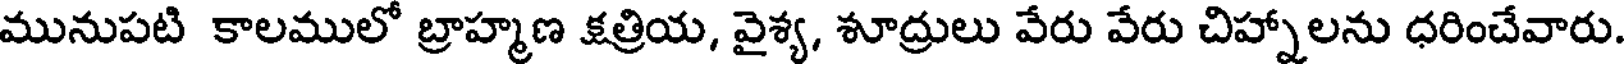
మునుపటి కాలములో బ్రాహ్మణ క్షత్రియ, వైశ్య, శూద్రులు వేరు వేరు చిహ్నాలను ధరించేవారు.